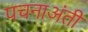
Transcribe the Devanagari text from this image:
पचनाअंती